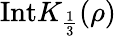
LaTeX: \mathrm{Int}K_{\frac{1}{3}}(\rho)